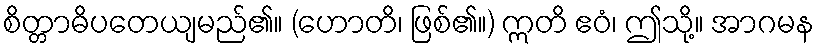
စိတ္တာဓိပတေယျမည်၏။ (ဟောတိ၊ ဖြစ်၏။) ဣတိ ဧဝံ၊ ဤသို့။ အာဂမန